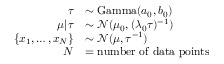
{ \begin{array} { r l } { \tau } & { \sim \operatorname { G a m m a } ( a _ { 0 } , b _ { 0 } ) } \\ { \mu | \tau } & { \sim { \mathcal { N } } ( \mu _ { 0 } , ( \lambda _ { 0 } \tau ) ^ { - 1 } ) } \\ { \{ x _ { 1 } , \dots , x _ { N } \} } & { \sim { \mathcal { N } } ( \mu , \tau ^ { - 1 } ) } \\ { N } & { = { \mathrm { n u m b e r ~ o f ~ d a t a ~ p o i n t s } } } \end{array} }